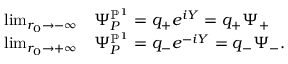
\begin{array} { r l } { \operatorname* { l i m } _ { r _ { 0 } \to - \infty } } & { \Psi _ { P } ^ { \mathbb { P } ^ { 1 } } = q _ { + } e ^ { i Y } = q _ { + } \Psi _ { + } } \\ { \operatorname* { l i m } _ { r _ { 0 } \to + \infty } } & { \Psi _ { P } ^ { \mathbb { P } ^ { 1 } } = q _ { - } e ^ { - i Y } = q _ { - } \Psi _ { - } . } \end{array}